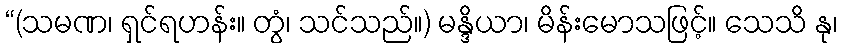
“(သမဏ၊ ရှင်ရဟန်း။ တွံ၊ သင်သည်။) မန္ဒိယာ၊ မိန်းမောသဖြင့်။ သေသိ နု၊